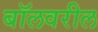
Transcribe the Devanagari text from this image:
बॉलवरील